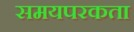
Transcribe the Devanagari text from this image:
समयपरकता